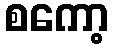
စကော့